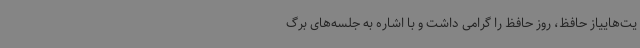
یت‌هاییاز حافظ، روز حافظ را گرامی داشت و با اشاره به جلسه‌های برگ